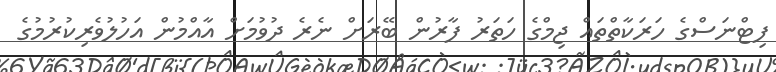
ފިޓްނަސްގެ ހަރަކާތްތައް ޖިމްގެ ހަތަރު ފާރުން ބޭރަށް ނެރެ ދުވުމަށް އާއްމުން އަހުލުވެރިކުރުމުގެ